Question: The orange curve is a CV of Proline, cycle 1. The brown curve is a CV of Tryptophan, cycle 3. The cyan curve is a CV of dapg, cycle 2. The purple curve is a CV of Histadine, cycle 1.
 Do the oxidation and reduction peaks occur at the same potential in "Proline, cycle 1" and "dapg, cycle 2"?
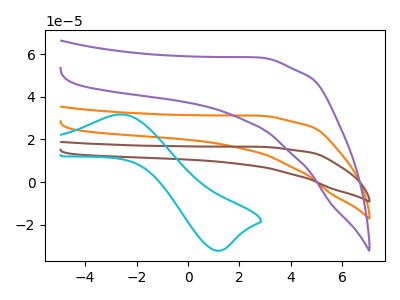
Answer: <think>The orange curve "Proline, cycle 1" has no peaks. The brown curve "Tryptophan, cycle 3" has no peaks. The cyan curve "dapg, cycle 2" has an anodic peak at (-2.65V, 31.75uA) and a cathodic peak at (1.15V, -32.10uA). The purple curve "Histadine, cycle 1" has no peaks.</think>
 <answer>No, "Proline, cycle 1" and "dapg, cycle 2" have a different number of peaks.</answer>
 <eval>different_amount</eval>